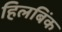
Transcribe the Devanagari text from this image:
हिलबिंक